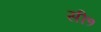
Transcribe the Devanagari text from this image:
सी१